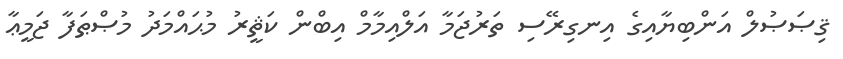
ޤިޞަޞުލް އަންބިޔާއިގެ އިނގިރޭސި ތަރުޖަމާ އަލްއިމާމް އިބްން ކަޘީރު މުޙައްމަދު މުޞްޠަފާ ޖަމީޢާ